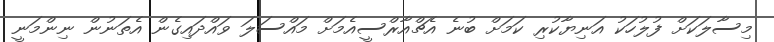
މިސާލަކަށް ފުލުހަކު އަނިޔާކުރި ކަމަށް ބުނެ އެޗްއާރްސީއެމަށް މައްސަލަ ވައްދައިގެން އެތަނުން ނިންމަނީ